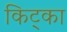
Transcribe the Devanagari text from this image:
किट्का